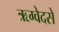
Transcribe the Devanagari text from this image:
ऋग्वेदसे